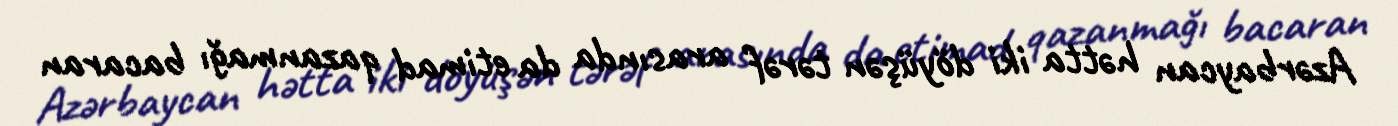
Azərbaycan hətta iki döyüşən tərəf arasında da etimad qazanmağı bacaran